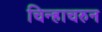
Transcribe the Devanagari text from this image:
चिन्हाचरुन